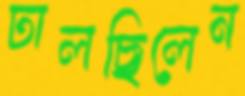
ঢালছিলেন